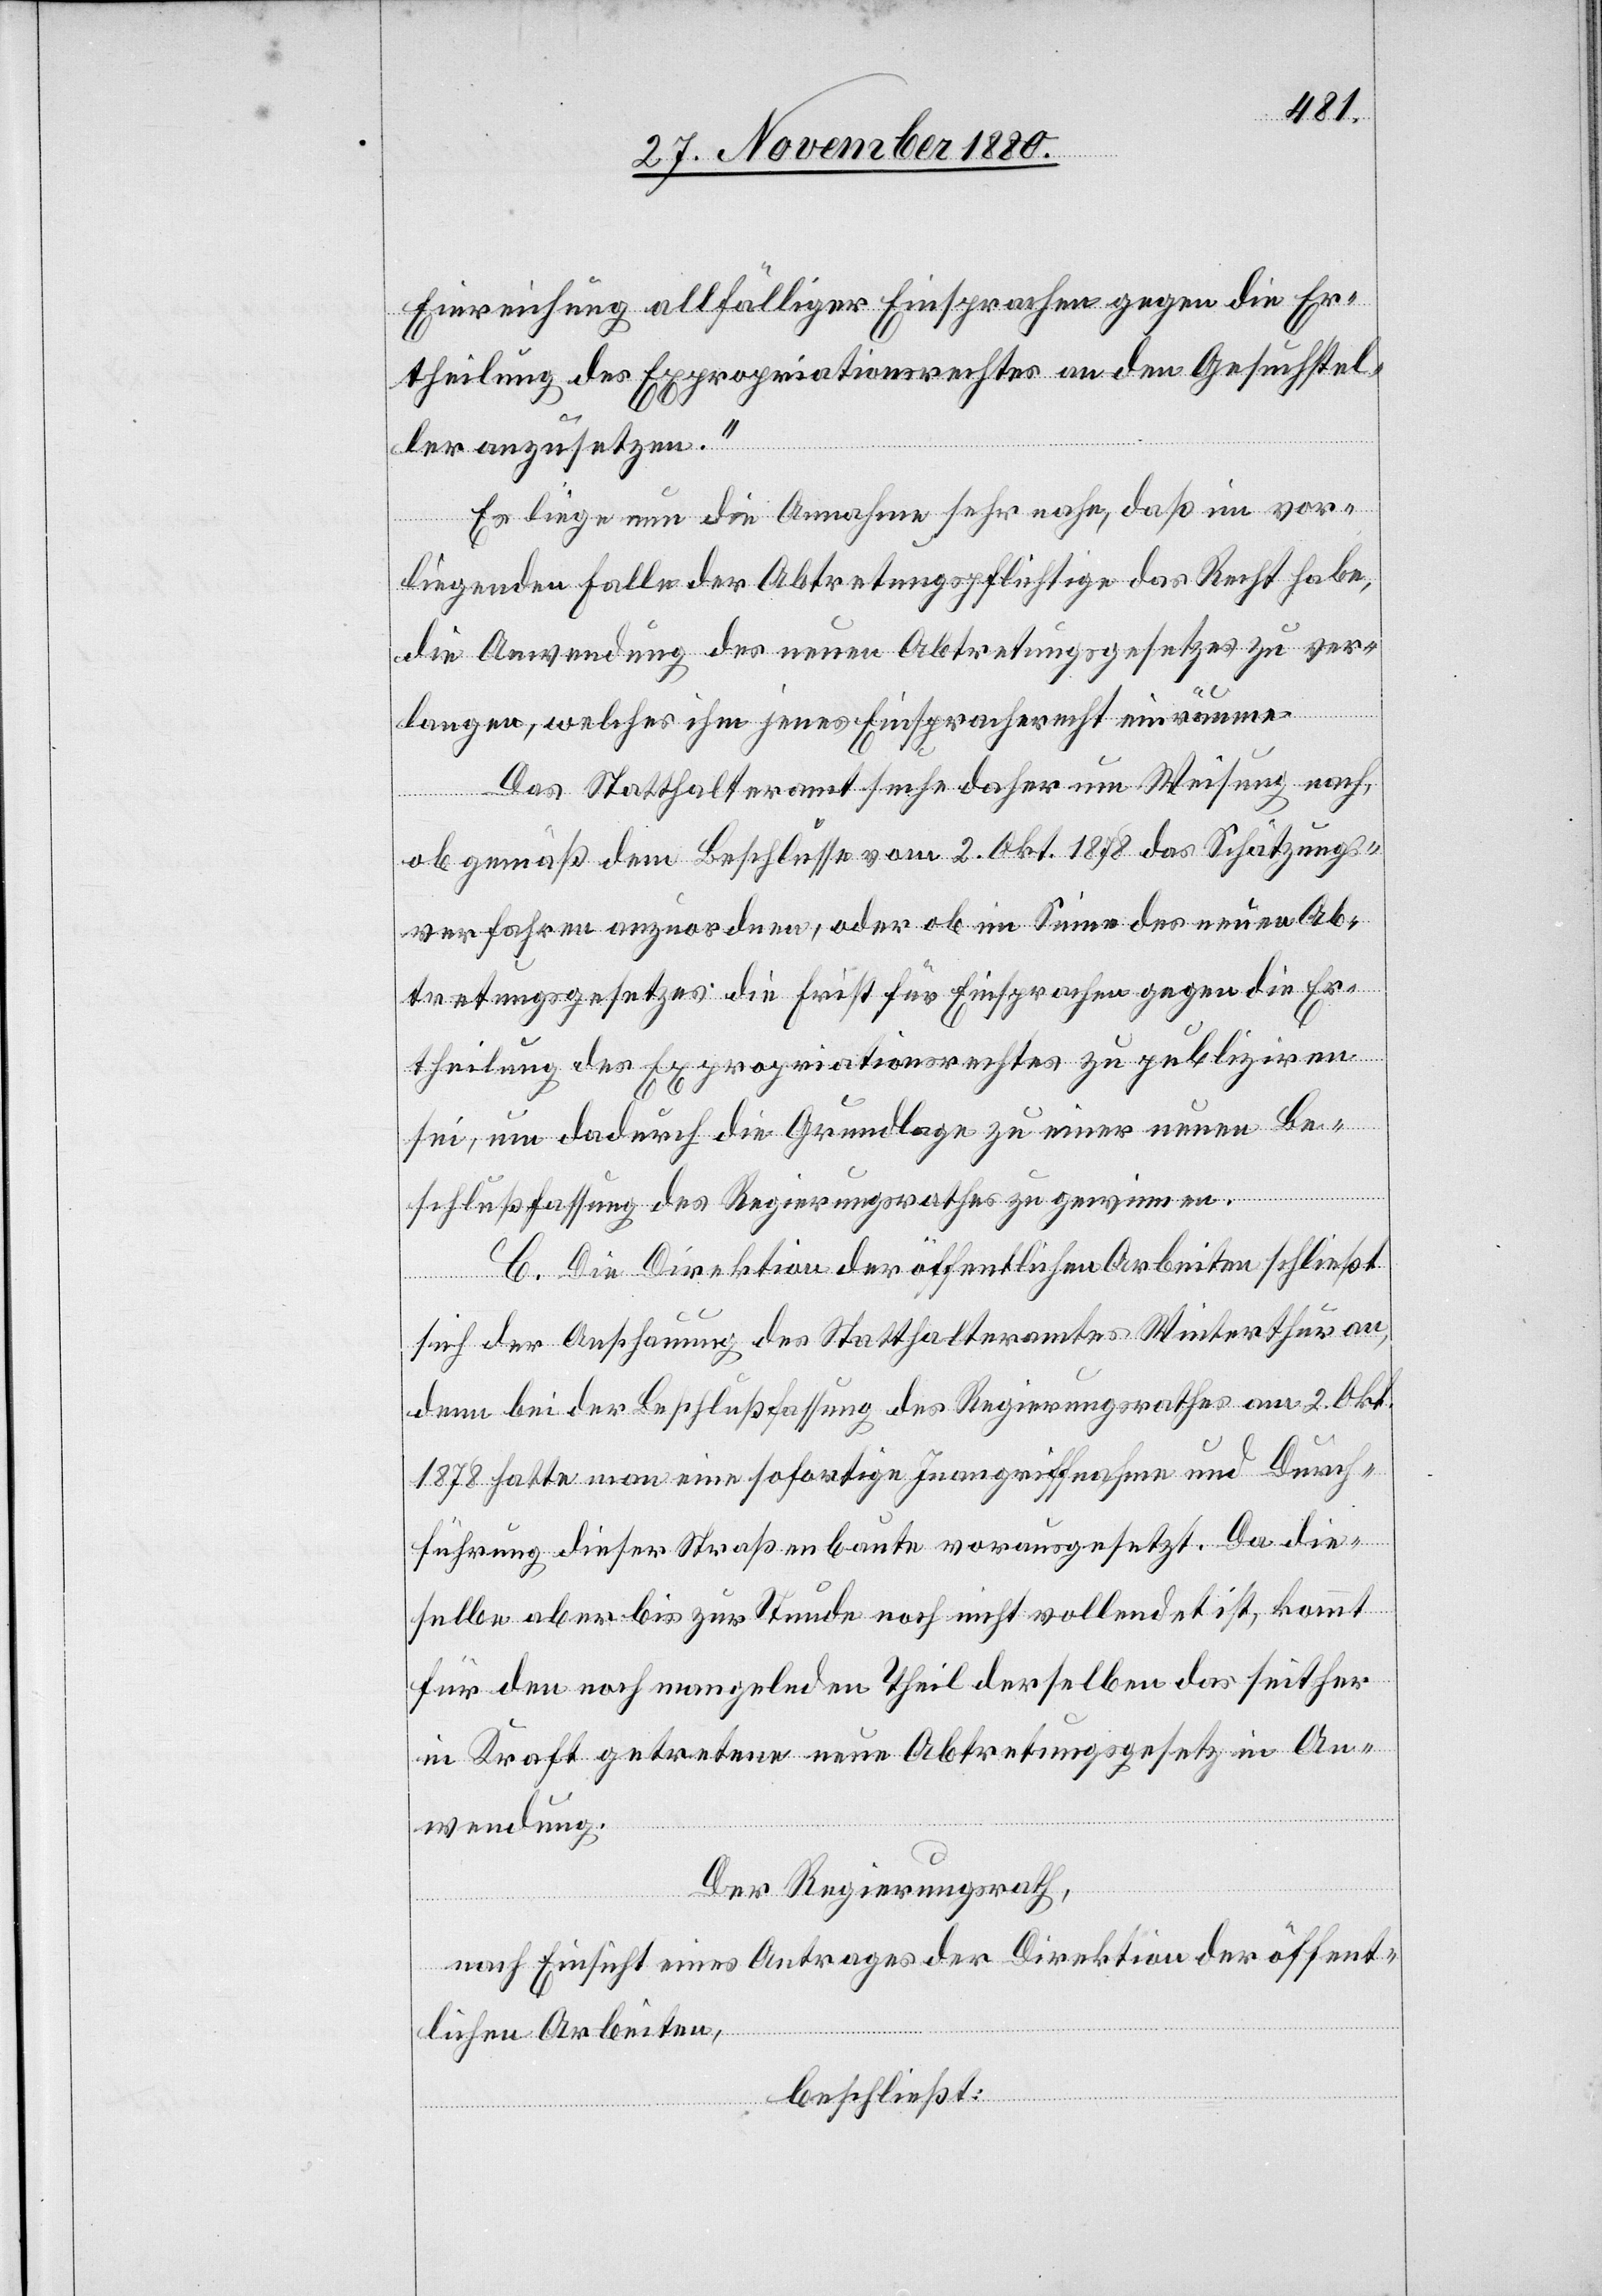
Einreichung allfälliger Einsprachen gegen die Er¬
theilung des Expropriationsrechtes an den Gesuchstel¬
ler anzusetzen.“
Es liege nun die Annahme sehr nahe, daß im vor¬
liegenden Falle der Abtretungspflichtige das Recht habe,
die Anwendung des neuen Abtretungsgesetzes zu ver¬
langen, welches ihm jenes Einspracherecht einräume.
Das Statthalteramt suche daher um Weisung nach,
ob gemäß dem Beschlusse vom 2. Okt. 1878 das Schätzungs¬
verfahren anzuordnen, oder ob im Sinne des neuen Ab¬
tretungsgesetzes die Frist für Einsprachen gegen die Er¬
theilung des Expropriationsrechtes zu publiziren
sei, um dadurch die Grundlage zu einer neuen Be¬
schlußfassung des Regierungsrathes zu gewinnen.
C. Die Direktion der öffentlichen Arbeiten schließt
sich der Anschauung des Statthalteramtes Winterthur an,
denn bei der Beschlußfassung des Regierungsrathes am 2. Okt.
1878 hatte man eine sofortige Inangriffnahme und Durch¬
führung dieser Straßenbaute vorausgesetzt. Da die¬
selbe aber bis zur Stunde noch nicht vollendet ist, kommt
für den noch mangelnden Theil derselben das seither
in Kraft getretene neue Abtretungsgesetz in An¬
wendung.
Der Regierungsrath,
nach Einsicht eines Antrages der Direktion der öffent¬
lichen Arbeiten,
beschließt: